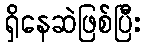
ရှိနေဆဲဖြစ်ပြီး